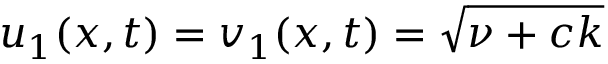
u _ { 1 } ( x , t ) = v _ { 1 } ( x , t ) = \sqrt { \nu + c k }